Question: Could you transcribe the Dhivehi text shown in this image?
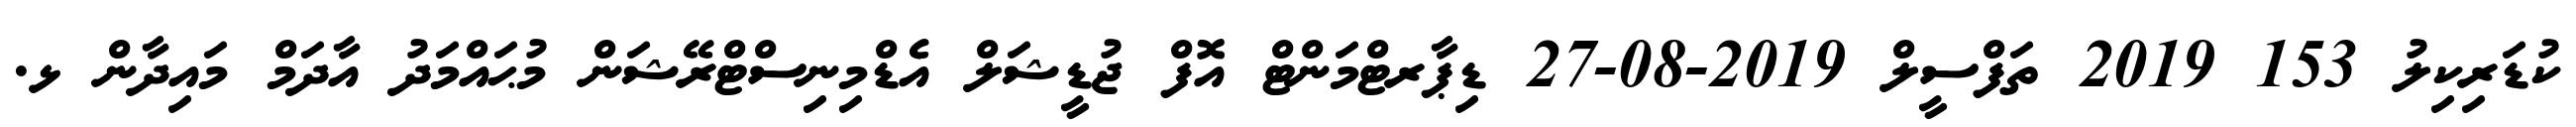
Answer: ކުޑަރިކިލު 153 2019 ތަފްސީލް 2019-08-27 ޑިޕާރޓްމަންޓް އޮފް ޖުޑީޝަލް އެޑްމިނިސްޓްރޭޝަން މުޙައްމަދު އާދަމް މައިދާން ޅ.